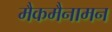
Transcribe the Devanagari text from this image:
मैकमैनामन